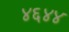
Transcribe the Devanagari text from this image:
४६४४